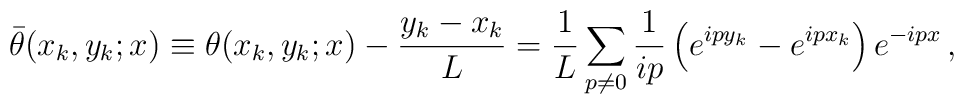
{\bar \theta}(x_k,y_k;x)\equiv \theta(x_k,y_k;x)-  \frac{y_k-x_k}{L}=\frac{1}{L}  \sum_{p\ne 0} \frac{1}{ip}                   \left( e^{ip y_k} - e^{ip x_k}                   \right) e^{-ipx}\, ,